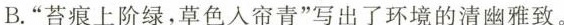
B.”苔痕上阶绿，草色入帘青”写出了环境的清幽雅致。